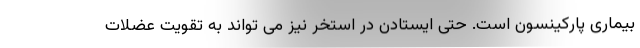
بیماری پارکینسون است. حتی ایستادن در استخر نیز می تواند به تقویت عضلات